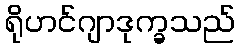
ရိုဟင်ဂျာဒုက္ခသည်